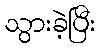
သွားခဲ့ပြီး